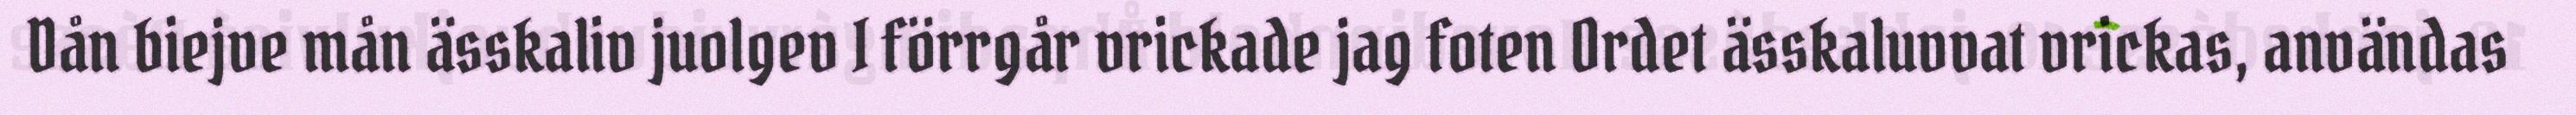
Dån biejve mån ässkaliv juolgev I förrgår vrickade jag foten Ordet ässkaluvvat vrickas, användas